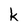
Character: k